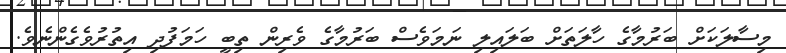
މިސާލަކަށް ބަރުމާގެ ހާލަތަށް ބަލައިލި ނަމަވެސް ބަރުމާގެ ވެރިން ތިބީ ހަމަފުދި އިތުރުވެގެންނެވެ.